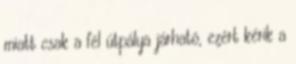
miatt csak a fél útpálya járható, ezért kérik a